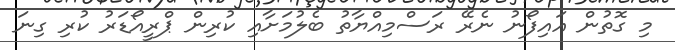
މި ގޮތުން އައިފޯނު ނެރޭ ރަސްމިއްޔާތު ބެލުމަށާއި ކުރިން ޕްރީއޯޑަރު ކުރި ގިނަ